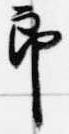
郎